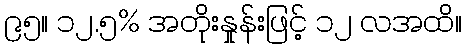
၉၅။ ၁၂.၅% အတိုးနှုန်းဖြင့် ၁၂ လအထိ။